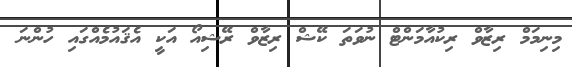
މިނިމަމް ރިޒާވް ރިކުއާމަންޓް ނުވަތަ ކޭޝް ރިޒާވް ރޭޝިއޯ އަކީ އެޤައުމެއްގައި ހުންނަ